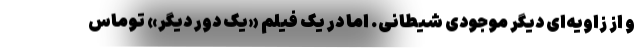
و از زاویه‌ای دیگر موجودی شیطانی. اما در یک فیلم «یک دور دیگر» توماس